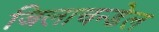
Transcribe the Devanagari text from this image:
जिलाचन्डेल